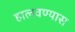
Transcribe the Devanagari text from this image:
हालवण्यास